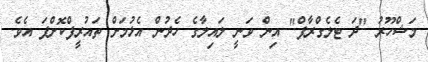
މަޝްހޫރު "ދަ ޓެލެގްރާފް" އިން ވަނީ ލައިލާގެ ހެދުން އެޅުމަށް ތައުރީފްކޮށްފަ އެވެ.